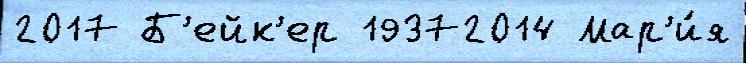
2017 Б'ейк'ер 19372014 Мар'и́я